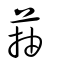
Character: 菗